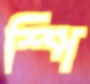
স্পি